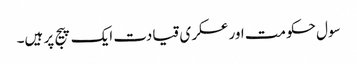
سول حکومت اور عسکری قیادت ایک پیج پر ہیں۔